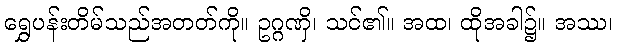
ရွှေပန်းတိမ်သည်အတတ်ကို။ ဥဂ္ဂဏှိ၊ သင်၏။ အထ၊ ထိုအခါ၌။ အဿ၊